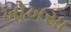
ખોખસા